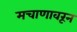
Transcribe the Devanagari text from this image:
मचाणावरून